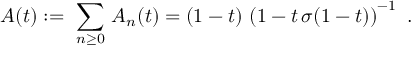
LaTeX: { \cal A } ( t ) : = \ \sum _ { n \ge 0 } \, { \cal A } _ { n } ( t ) = ( 1 - t ) \, \left( 1 - t \, \sigma ( 1 - t ) \right) ^ { - 1 } \ .